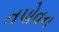
તપોવન